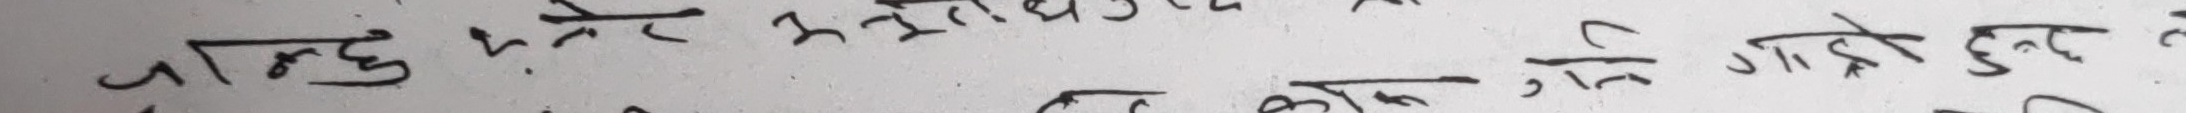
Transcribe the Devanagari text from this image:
जान्छ भनेर अन्तरीक्षमा गएको हुन्छ।